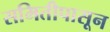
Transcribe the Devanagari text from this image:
समितीपासून